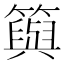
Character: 籅